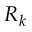
R _ { k }